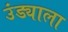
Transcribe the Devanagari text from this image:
उंड्याला